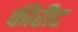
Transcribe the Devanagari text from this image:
कीरीट